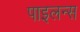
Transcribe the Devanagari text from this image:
पाइलन्स